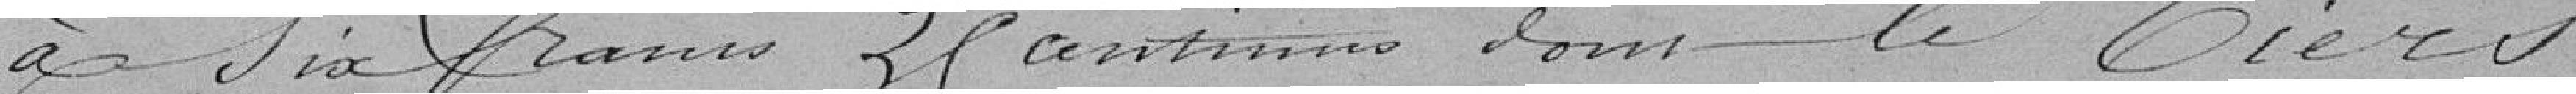
à six francs 25 centimes donc le tiers